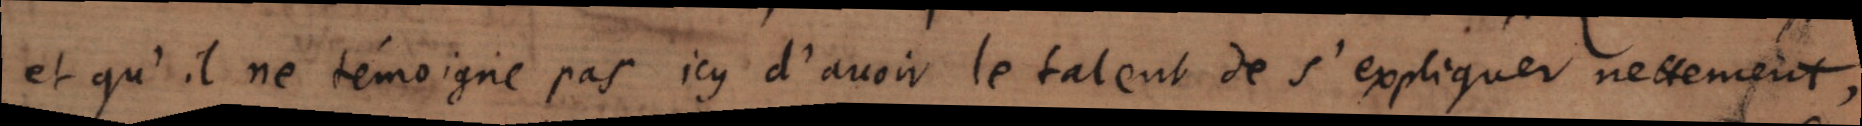
et qu’il ne témoigne pas icy d’avoir le talent de s’expliquer nettement,